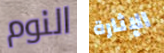
النوم الإثارة